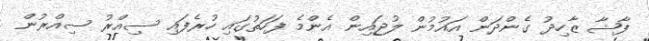
ފާޝާ ޒާހިދު ގެންދަން އައުމުން ލުޖައިން އެންމެ ފަހަތުގައި ހުރެފައި ސިއްރު ސިއްރުން